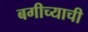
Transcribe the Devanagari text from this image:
बगीच्याची